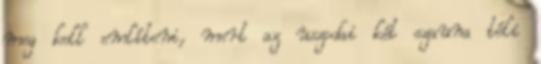
meg kell említeni, mert az uszodai két szauna téli